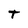
Character: T